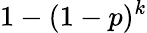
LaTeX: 1-(1-p)^{k}